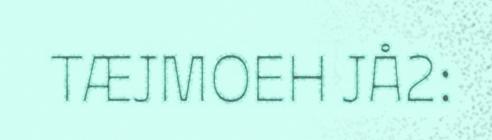
TÆJMOEH JÅ2: